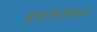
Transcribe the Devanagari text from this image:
४५१२५०